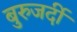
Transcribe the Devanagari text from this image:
बुरुजर्दी